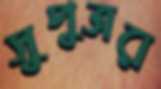
সুপুত্রর